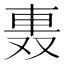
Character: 𨋌